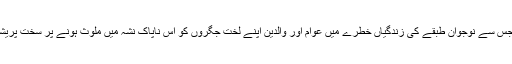
نشہ آور محلول ٹیچوں جس سے نوجوان طبقے کی زندگیاں خطرے میں عوام اور والدین اپنے لخت جگروں کو اس ناپاک نشہ میں ملوث ہونے پر سخت پریشان ہو کر رہ گئے ہیں ۔